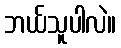
ဘယ်သူပါလဲ။